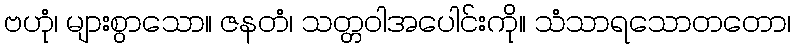
ဗဟုံ၊ များစွာသော။ ဇနတံ၊ သတ္တဝါအပေါင်းကို။ သံသာရသောတတော၊